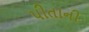
પીતાની